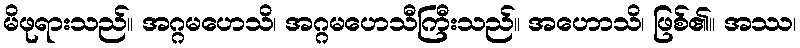
မိဖုရားသည်။ အဂ္ဂမဟေသိ၊ အဂ္ဂမဟေသီကြီးသည်။ အဟောသိ၊ ဖြစ်၏။ အဿ၊